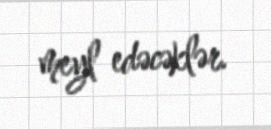
meyl edəcəklər.